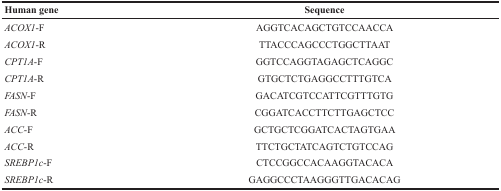
<table><thead><tr><td><b>Human gene</b></td><td><b>Sequence</b></td></tr></thead><tbody><tr><td><i>ACOX1</i>-F</td><td>AGGTCACAGCTGTCCAACCA</td></tr><tr><td><i>ACOX1</i>-R</td><td>TTACCCAGCCCTGGCTTAAT</td></tr><tr><td><i>CPT1A</i>-F</td><td>GGTCCAGGTAGAGCTCAGGC</td></tr><tr><td><i>CPT1A</i>-R</td><td>GTGCTCTGAGGCCTTTGTCA</td></tr><tr><td><i>FASN</i>-F</td><td>GACATCGTCCATTCGTTTGTG</td></tr><tr><td><i>FASN</i>-R</td><td>CGGATCACCTTCTTGAGCTCC</td></tr><tr><td><i>ACC</i>-F</td><td>GCTGCTCGGATCACTAGTGAA</td></tr><tr><td><i>ACC</i>-R</td><td>TTCTGCTATCAGTCTGTCCAG</td></tr><tr><td><i>SREBP1c</i>-F</td><td>CTCCGGCCACAAGGTACACA</td></tr><tr><td><i>SREBP1c</i>-R</td><td>GAGGCCCTAAGGGTTGACACAG</td></tr></tbody></table>